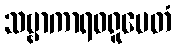
သဗ္ဗာကာရဝရူပေတံ